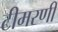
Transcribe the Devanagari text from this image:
टीमरणी